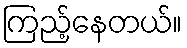
ကြည့်နေတယ်။